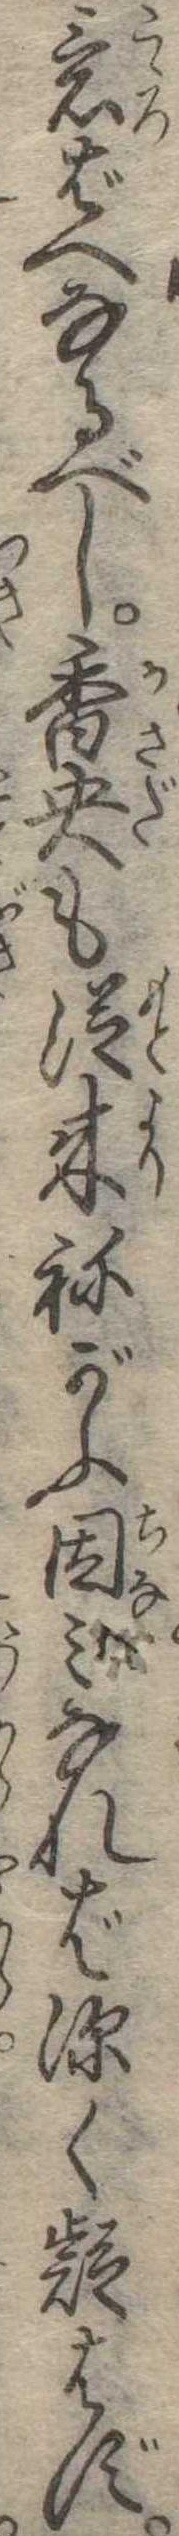
意ばへなるべし香央も従来ねがふ因みなれば深く疑はず